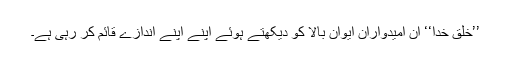
’’خلق خدا‘‘ ان امیدواران ایوان بالا کو دیکھتے ہوئے اپنے اپنے اندازے قائم کر رہی ہے۔